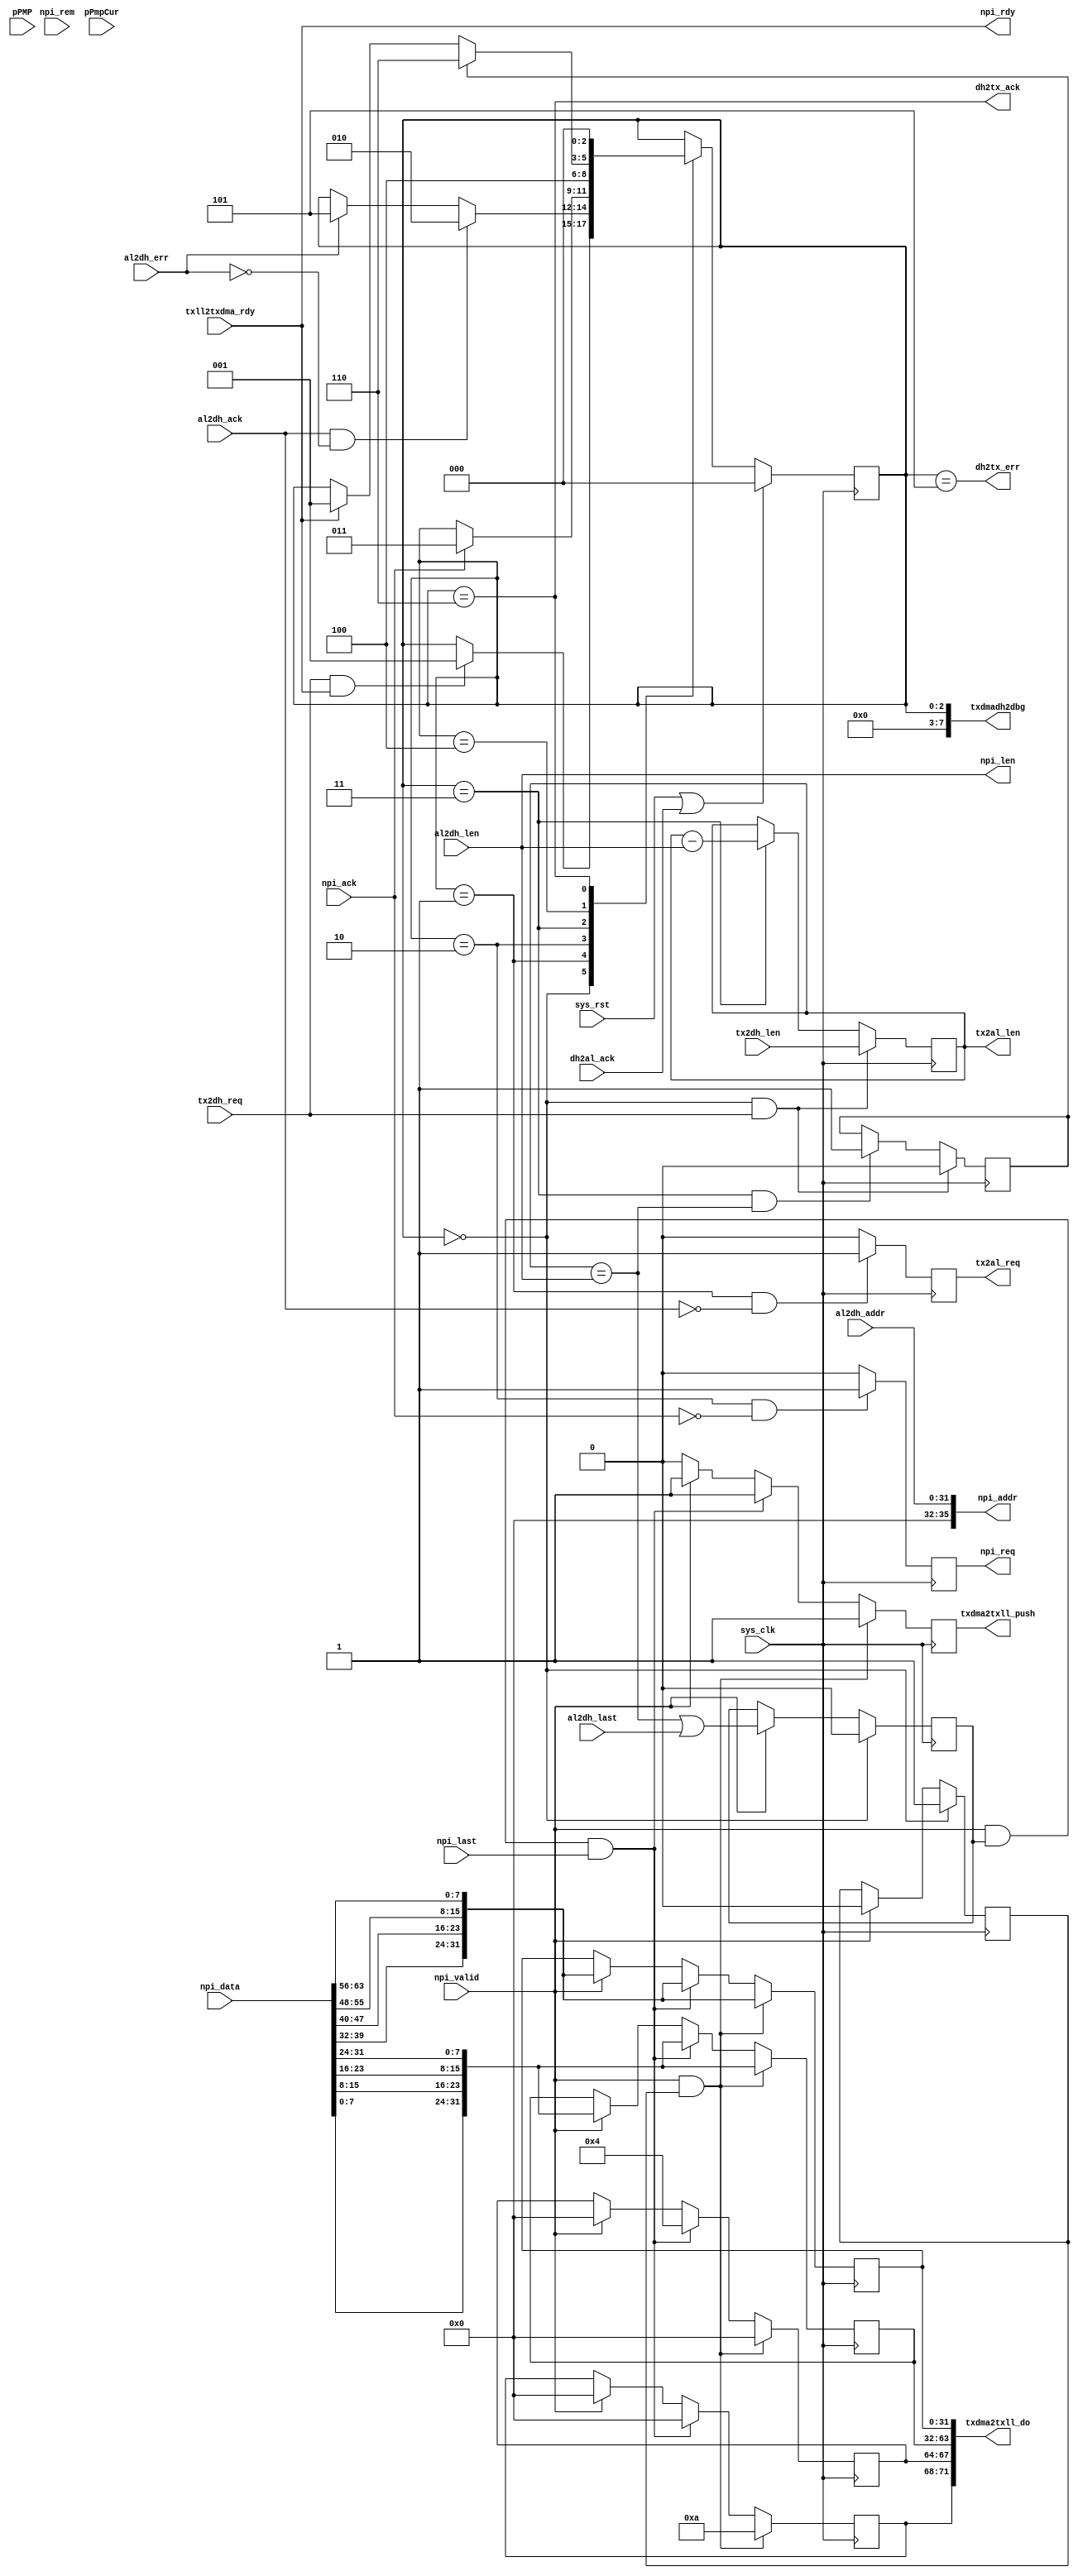
// dma_dh.v --- 
// 
// Description: 
// Maintainer: 
// Version: 
// Last-Updated: 
//           By: 
//     Update #: 0
// URL: 
// Keywords: 
// Compatibility: 
// 
// 

// Commentary: 
// 
// 
// 
// 

// Change log:
// 
// 
// 

// Copyright (C) 2008,2009 Beijing Soul tech.
// -------------------------------------
// Naming Conventions:
// 	active low signals                 : "*_n"
// 	clock signals                      : "clk", "clk_div#", "clk_#x"
// 	reset signals                      : "rst", "rst_n"
// 	generics                           : "C_*"
// 	user defined types                 : "*_TYPE"
// 	state machine next state           : "*_ns"
// 	state machine current state        : "*_cs"
// 	combinatorial signals              : "*_com"
// 	pipelined or register delay signals: "*_d#"
// 	counter signals                    : "*cnt*"
// 	clock enable signals               : "*_ce"
// 	internal version of output port    : "*_i"
// 	device pins                        : "*_pin"
// 	ports                              : - Names begin with Uppercase
// Code:
module dma_dh (/*AUTOARG*/
   // Outputs
   dh2tx_ack, dh2tx_err, tx2al_req, tx2al_len, txdma2txll_do,
   txdma2txll_push, npi_addr, npi_len, npi_req, npi_rdy, txdmadh2dbg,
   // Inputs
   sys_clk, sys_rst, tx2dh_req, tx2dh_len, dh2al_ack, al2dh_ack,
   al2dh_err, al2dh_last, al2dh_addr, al2dh_len, txll2txdma_rdy,
   npi_ack, npi_rem, pPMP, pPmpCur, npi_data, npi_valid, npi_last
   );
   parameter C_BIG_ENDIAN = 1;
   input sys_clk;
   input sys_rst;

   input tx2dh_req;
   input [13:0] tx2dh_len;
   output 	dh2tx_ack;
   output 	dh2tx_err;
   input        dh2al_ack;

   output 	 tx2al_req;
   output [13:0] tx2al_len;
   input 	 al2dh_ack;
   input 	 al2dh_err;
   input 	 al2dh_last;
   input [31:0]  al2dh_addr;
   input [13:0]  al2dh_len;
   
   output [71:0] txdma2txll_do;
   output 	 txdma2txll_push;
   input 	 txll2txdma_rdy;
   
   output [35:0] npi_addr;
   output [13:0] npi_len;
   output 	 npi_req;
   output 	 npi_rdy;
   input 	 npi_ack;
   input 	 npi_rem;

   input [3:0]   pPMP;
   input [3:0]   pPmpCur;
   
   input [63:0]  npi_data;
   input 	 npi_valid;
   input 	 npi_last;

   output [31:0] txdmadh2dbg;
   /************************************************************************/
   /*AUTOREG*/
   // Beginning of automatic regs (for this module's undeclared outputs)
   reg			npi_req;
   reg [13:0]		tx2al_len;
   reg			tx2al_req;
   reg			txdma2txll_push;
   // End of automatics

   reg frm_end;
   /************************************************************************/
   localparam [2:0] 	// synopsys enum state_info
     S_IDLE = 3'h0,
     S_REQ  = 3'h1,
     S_DATA = 3'h2,
     S_POST = 3'h3,
     S_NEXT = 3'h4,
     S_ERROR= 3'h5,
     S_DONE = 3'h6;
   reg [2:0]// synopsys enum state_info
	    state, state_ns;
   always @(posedge sys_clk)
     begin
	if (sys_rst || dh2al_ack)
	  begin
	     state <= #1 S_IDLE;
	  end
	else
	  begin
	     state <= #1 state_ns;
	  end
     end // always @ (posedge sys_clk)
   always @(*)
     begin
	state_ns = state;
	case (state)
	  S_IDLE: if (tx2dh_req && npi_rdy)
	    begin
	       state_ns = S_REQ;
	    end
	  S_REQ: if (al2dh_ack && ~al2dh_err)
	    begin
	       state_ns = S_DATA;
	    end
	  else if (al2dh_err)
	    begin
	       state_ns = S_ERROR;
	    end
	  S_DATA: if (npi_ack)
	    begin
	       state_ns = S_POST;
	    end
	  S_POST:
	    begin
	       state_ns = S_NEXT;
	    end
	  S_NEXT: if (frm_end)
	    begin
	       state_ns = S_DONE;
	    end
	  else if (npi_rdy)
	    begin
	       state_ns = S_REQ;
	    end
	  S_ERROR:
	    begin
	    end
	  S_DONE:
	    begin
	       state_ns = S_IDLE;
	    end
	endcase
     end // always @ (*)
   assign dh2tx_ack = state == S_DONE;
   assign dh2tx_err = state == S_ERROR;
   always @(posedge sys_clk)
     begin
	if (state == S_IDLE && tx2dh_req)
	  begin
	     tx2al_len <= #1 tx2dh_len;
	  end
	else if (state == S_POST)
	  begin
	     tx2al_len <= #1 tx2al_len - al2dh_len;
	  end
     end // always @ (posedge sys_clk)
   always @(posedge sys_clk)
     begin
	if (state == S_REQ && ~al2dh_ack)
	  begin
	     tx2al_req <= #1 1'b1;
	  end
	else
	  begin
	     tx2al_req <= #1 1'b0;	     
	  end
     end // always @ (posedge sys_clk)
   always @(posedge sys_clk)
     begin
	if (state == S_IDLE && tx2dh_req)
	  begin
	     frm_end <= #1 1'b0;
	  end
	else if (state == S_POST && tx2al_len == al2dh_len)
	  begin
	     frm_end <= #1 1'b1;	     
	  end
     end // always @ (posedge sys_clk)
   
   always @(posedge sys_clk)
     begin
	if (state == S_DATA && ~npi_ack)
	  begin
	     npi_req <= #1 1'b1;
	  end
	else
	  begin
	     npi_req <= #1 1'b0;
	  end
     end // always @ (posedge sys_clk)
   assign npi_addr = al2dh_addr;
   assign npi_len  = al2dh_len;
   assign npi_rdy  = txll2txdma_rdy;
  
   wire [63:0] npi_data_le;
   genvar      i;
   generate
      for (i = 0; i < 64; i = i + 8) begin: rdfifo_swap
	 assign npi_data_le[i+7:i] = npi_data[63-i:56-i];
      end
   endgenerate

   reg [3:0] d3p;
   reg [3:0] d7p;
   reg [31:0] data0;
   reg [31:0] data1;
   reg frm_sof;
   reg frm_eof;
   always @(posedge sys_clk)
     begin
	if (state == S_IDLE)
	  begin
	     frm_sof <= #1 1'b1;
	     frm_eof <= #1 1'b0;
	  end
	else if (npi_valid)
	  begin
	     frm_sof <= #1 1'b0;
	     frm_eof <= #1 (tx2al_len == al2dh_len) || al2dh_last;
	  end
     end // always @ (posedge sys_clk)
   always @(posedge sys_clk)
     begin
	if (npi_valid && frm_sof)
	  begin
	     d3p            <= #1 4'b1010;	// SOF & Data 
	     d7p            <= #1 4'b0000;
	     txdma2txll_push<= #1 1'b1;
	     data0          <= #1 npi_data_le[63:32];
	     data1          <= #1 npi_data_le[31:00];
	  end
	else if (npi_valid && frm_eof && npi_last)
	  begin
	     d3p            <= #1 4'b0000;
	     d7p            <= #1 4'b0100;	// EOF
	     txdma2txll_push<= #1 1'b1;
	     data0          <= #1 npi_data_le[63:32];
	     data1          <= #1 npi_data_le[31:00];
	  end
	else if (npi_valid)
	  begin
	     d3p            <= #1 4'b0000;
	     d7p            <= #1 4'b0000;
	     txdma2txll_push<= #1 1'b1;
	     data0          <= #1 npi_data_le[63:32];
	     data1          <= #1 npi_data_le[31:00];
	  end
	else
	  begin
	     txdma2txll_push<= #1 1'b0;
	  end
     end // always @ (posedge sys_clk)
   assign txdma2txll_do = {d3p, d7p, data0, data1};
   assign txdmadh2dbg[7:0] = state;
   /************************************************************************/
   /*AUTOASCIIENUM("state", "state_ascii", "S_")*/
   // Beginning of automatic ASCII enum decoding
   reg [39:0]		state_ascii;		// Decode of state
   always @(state) begin
      case ({state})
	S_IDLE:   state_ascii = "idle ";
	S_REQ:    state_ascii = "req  ";
	S_DATA:   state_ascii = "data ";
	S_POST:   state_ascii = "post ";
	S_NEXT:   state_ascii = "next ";
	S_ERROR:  state_ascii = "error";
	S_DONE:   state_ascii = "done ";
	default:  state_ascii = "%Erro";
      endcase
   end
   // End of automatics
endmodule
// 
// dma_dh.v ends here